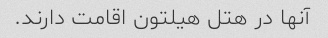
آنها در هتل هیلتون اقامت دارند.